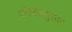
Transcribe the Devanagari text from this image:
ज्येष्ठतेनुसार